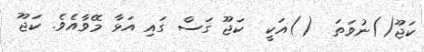
ކަޖޫ()ނުވަތަ  ()އަކީ  ކަޖޫ ގަސް ގައި އަޅާ މޭވާއެވެ. ކަޖޫ